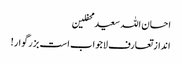
احسان اللہ سعید محفلین
انداز تعارف لاجواب است بزرگوار!